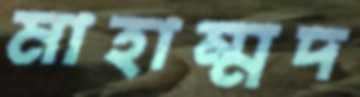
মাহাম্মদ